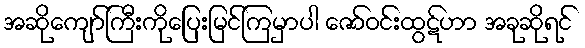
အဆိုကျော်ကြီးကိုပြေးမြင်ကြမှာပါ ဇော်ဝင်းထွဋ်ဟာ အခုဆိုရင်